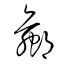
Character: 蠃